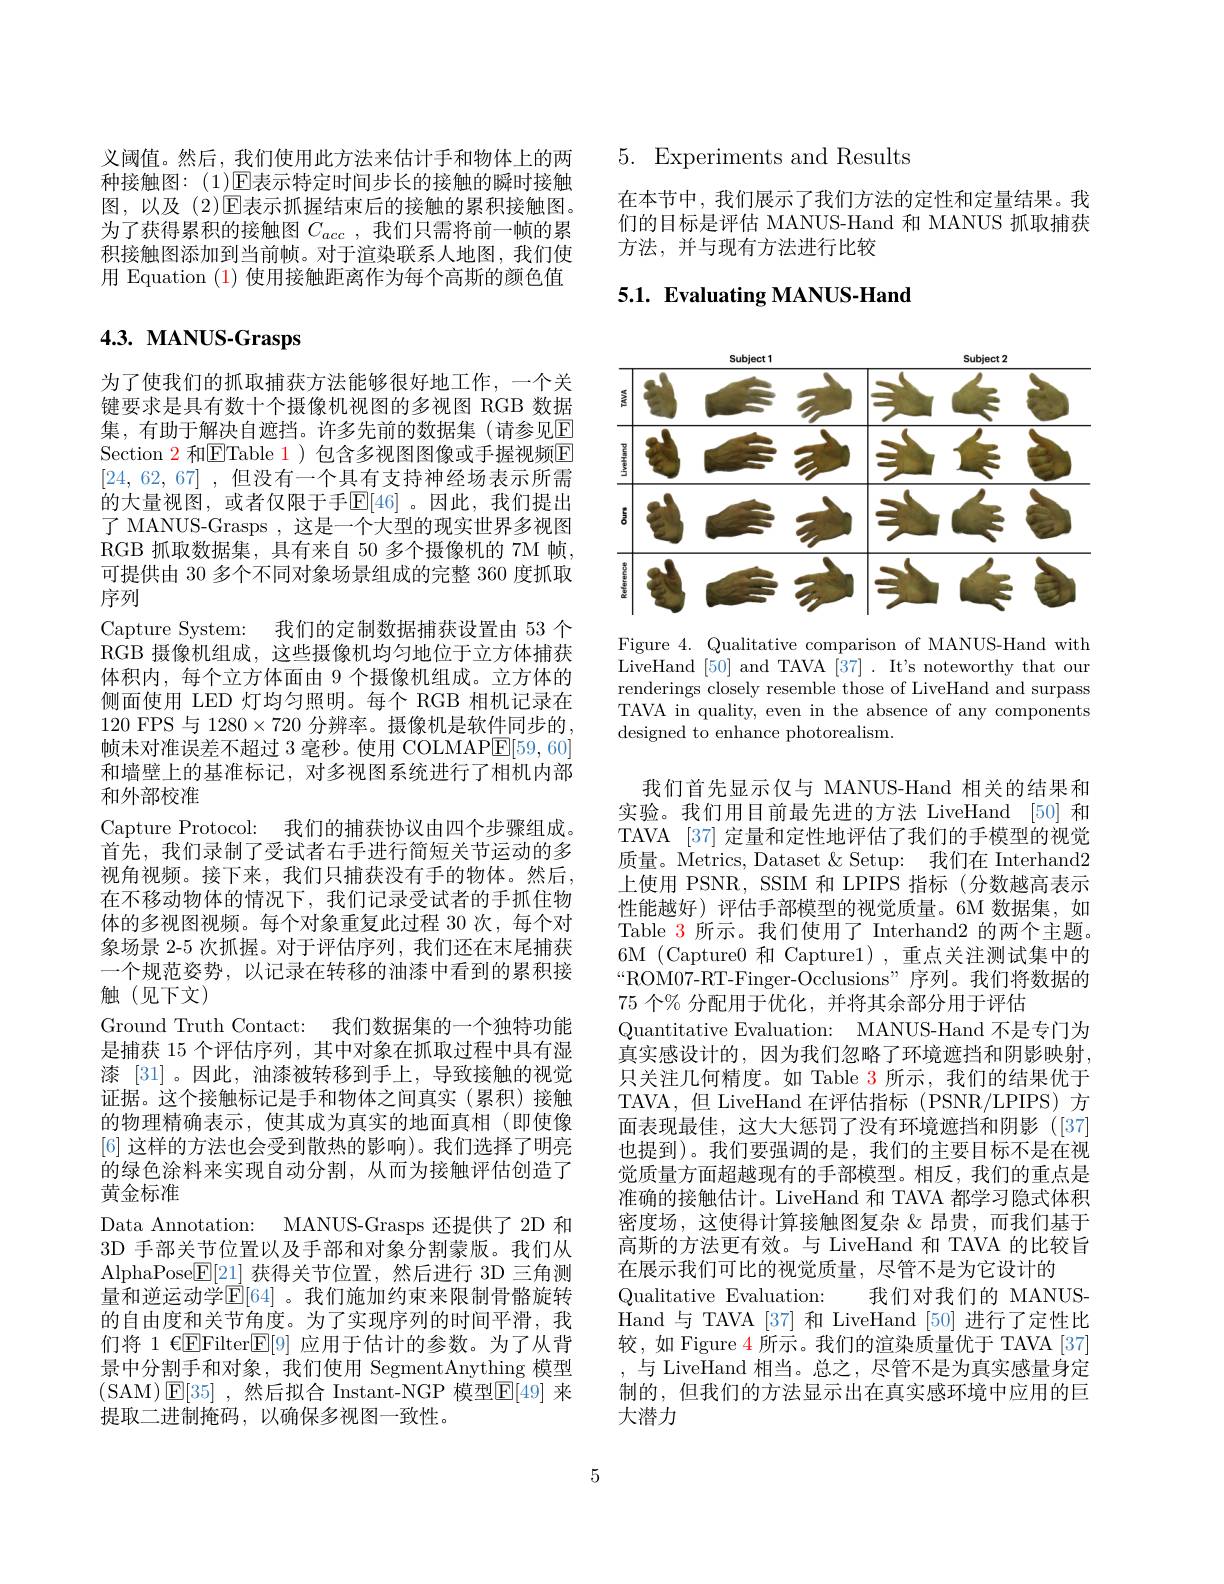
义阈值。然后，我们使用此方法来估计手和物体上的两种接触图：(1)$\operatorname{E}$表示特定时间步长的接触的瞬时接触图，以及 (2)$\mathbb{E}$表示抓握结束后的接触的累积接触图。为了获得累积的接触图$C_{acc}$,我们只需将前一帧的累积接触图添加到当前帧。对于渲染联系人地图，我们使用 Equation (1) 使用接触距离作为每个高斯的颜色值

# 4.3. MANUS-Grasps

为了使我们的抓取捕获方法能够很好地工作，一个关键要求是具有数十个摄像机视图的多视图 RGB 数据集，有助于解决自遮挡。许多先前的数据集(请参见E Section $\color{red}{2}$ 和$\boxed{\mathrm{E}}$Table 1)包含多视图图像或手握视频$\boxed{\mathrm{E}}$ [24,62,67] ,但没有一个具有支持神经场表示所需的大量视图，或者仅限于手$\mathbb{E}[46]$。因此，我们提出了 MANUS-Grasps , 这是一个大型的现实世界多视图RGB 抓取数据集，具有来自 50 多个摄像机的 7M 帧， 可提供由 30 多个不同对象场景组成的完整 360 度抓取序列
Capture System: 我们的定制数据捕获设置由 53 个RGB 摄像机组成，这些摄像机均匀地位于立方体捕获体积内，每个立方体面由 9 个摄像机组成。立方体的侧面使用 LED 灯均匀照明。每个 RGB 相机记录在120 FPS 与 128$0\times720$ 分辨率。摄像机是软件同步的， 帧未对准误差不超过 3 毫秒。使用 COLMAP$\underline{\mathrm{E}}[59,60]$ 和墙壁上的基准标记，对多视图系统进行了相机内部和外部校准
Capture Protocol: 我们的捕获协议由四个步骤组成。首先，我们录制了受试者右手进行简短关节运动的多视角视频。接下来，我们只捕获没有手的物体。然后， 在不移动物体的情况下，我们记录受试者的手抓住物体的多视图视频。每个对象重复此过程 30 次，每个对象场景 2-5 次抓握。对于评估序列，我们还在末尾捕获一个规范姿势，以记录在转移的油漆中看到的累积接触(见下文)
Ground Truth Contact: 我们数据集的一个独特功能是捕获 15 个评估序列，其中对象在抓取过程中具有湿漆 [31]。因此，油漆被转移到手上，导致接触的视觉证据。这个接触标记是手和物体之间真实(累积)接触的物理精确表示，使其成为真实的地面真相(即使像[6]这样的方法也会受到散热的影响)。我们选择了明亮的绿色涂料来实现自动分割，从而为接触评估创造了黄金标准
Data Annotation: MANUS-Grasps 还提供了 2D 和3D 手部关节位置以及手部和对象分割蒙版。我们从AlphaPose$\underline{\mathbb{E}}[21]$获得关节位置，然后进行 3D 三角测量和逆运动学$\mathbb{E}[64]$ 。我们施加约束来限制骨骼旋转的自由度和关节角度。为了实现序列的时间平滑，我们将 1 €EFilter$\mathbb{E}[9]$应用于估计的参数。为了从背景中分割手和对象，我们使用 SegmentAnything 模型(SAM)$\mathsf E[35]$ ,然后拟合 Instant-NGP 模型$\mathsf{E}[49]$ 来提取二进制掩码，以确保多视图一致性。

5. Experiments and Results

在本节中，我们展示了我们方法的定性和定量结果。我们的目标是评估 MANUS-Hand 和 MANUS 抓取捕获方法，并与现有方法进行比较

# 5.1. Evaluating MANUS-Hand

<FigureHere>

Figure 4. Qualitative comparison of MANUS-Hand with LiveHand [50] and TAVA [37]. It's noteworthy that our renderings closely resemble those of LiveHand and surpass TAVA in quality, even in the absence of any components designed to enhance photorealism.

我们首先显示仅与 MANUS-Hand 相关的结果和实验。我们用目前最先进的方法 LiveHand [50] 和TAVA [37] 定量和定性地评估了我们的手模型的视觉质量。Metrics, Dataset &Setup: 我们在 Interhand2上使用 PSNR, SSIM 和 LPIPS 指标(分数越高表示性能越好)评估手部模型的视觉质量。6M 数据集，如Table 3 所示。我们使用了 Interhand2 的两个主题。6M (Capture0 和 Capture1),重点关注测试集中的$“$ROM07-RT-Finger-Occlusions”序列。我们将数据的75 个% 分配用于优化，并将其余部分用于评估
Quantitative Evaluation: MANUS-Hand 不是专门为真实感设计的，因为我们忽略了环境遮挡和阴影映射， 只关注几何精度。如 Table 3 所示，我们的结果优于TAVA,但 LiveHand 在评估指标(PSNR/LPIPS) 方面表现最佳，这大大惩罚了没有环境遮挡和阴影([37] 也提到)。我们要强调的是，我们的主要目标不是在视觉质量方面超越现有的手部模型。相反，我们的重点是准确的接触估计。LiveHand 和 TAVA 都学习隐式体积密度场，这使得计算接触图复杂 &昂贵，而我们基于高斯的方法更有效。与 LiveHand 和 TAVA 的比较旨在展示我们可比的视觉质量，尽管不是为它设计的
Qualitative Evaluation:
我们对我们的 MANUS-
Hand 与 TAVA [37] 和 LiveHand [50] 进行了定性比较，如 Figure 4 所示。我们的渲染质量优于 TAVA[37] ,与 LiveHand 相当。总之，尽管不是为真实感量身定制的，但我们的方法显示出在真实感环境中应用的巨大潜力

5